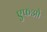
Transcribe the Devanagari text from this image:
एफओ